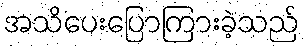
အသိပေးပြောကြားခဲ့သည်